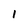
Character: I